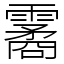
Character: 霱